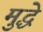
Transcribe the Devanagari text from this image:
मुद्धे